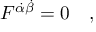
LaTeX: F ^ { \dot { \alpha } \dot { \beta } } = 0 \ \ \ ,